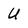
Character: U